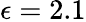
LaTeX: \epsilon=2.1